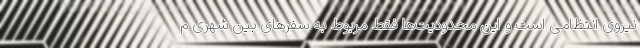
نیروی انتظامی است و این محدودیت‌ها فقط مربوط به سفرهای بین شهری م